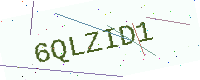
Text: 6QLZID1